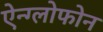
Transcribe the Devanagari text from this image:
ऐन्ग्लोफोन